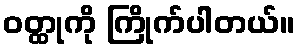
ဝတ္ထုကို ကြိုက်ပါတယ်။